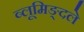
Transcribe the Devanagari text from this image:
ब्लूमिङ्दले